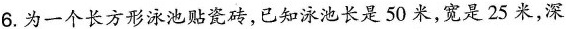
6.为一个长方形泳池贴瓷砖，已知泳池长是50米，宽是25米，深